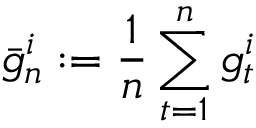
{ \bar { g } } _ { n } ^ { i } : = { \frac { 1 } { n } } \sum _ { t = 1 } ^ { n } g _ { t } ^ { i }